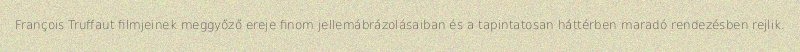
François Truffaut filmjeinek meggyőző ereje finom jellemábrázolásaiban és a tapintatosan háttérben maradó rendezésben rejlik.